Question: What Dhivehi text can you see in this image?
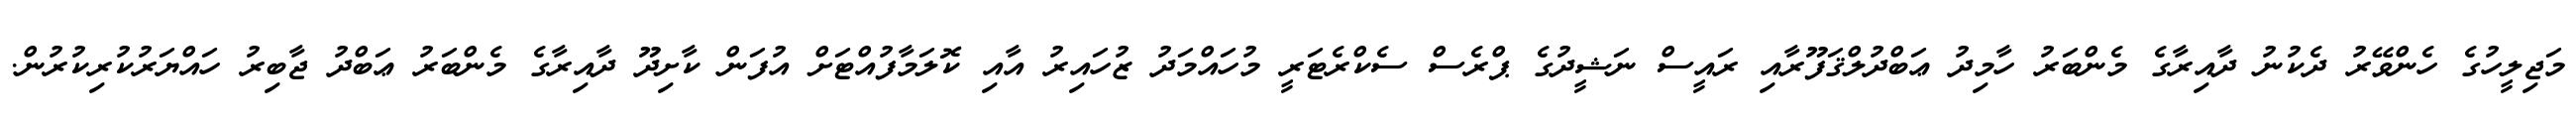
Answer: މަޖިލީހުގެ ހެންވޭރު ދެކުނު ދާއިރާގެ މެންބަރު ހާމިދު ޢަބްދުލްޤަފޫރާއި ރައީސް ނަޝީދުގެ ޕްރެސް ސެކްރެޓަރީ މުހައްމަދު ޒުހައިރު އާއި ކޮލަމާފުއްޓަށް އުފަން ކާށިދޫ ދާއިރާގެ މެންބަރު ޢަބްދު ޖާބިރު ހައްޔަރުކުރިކުރުން.